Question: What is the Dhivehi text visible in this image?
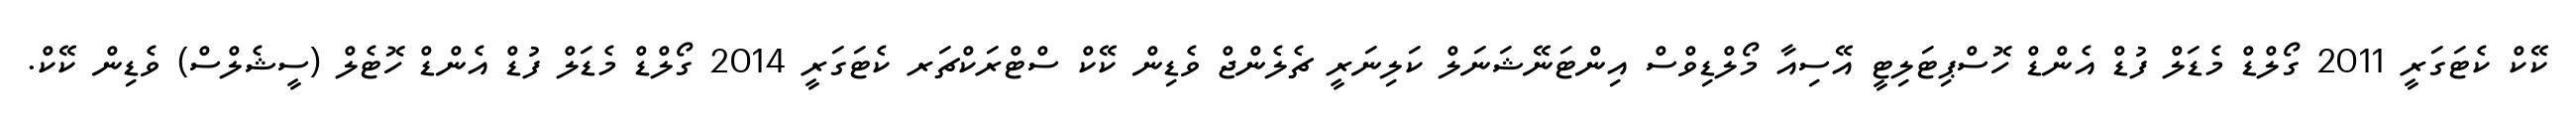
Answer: ކޭކް ކެޓަގަރީ 2011 ގޯލްޑް މެޑަލް ފުޑް އެންޑް ހޮސްޕިޓަލިޓީ އޭސިއާ މޯލްޑިވްސް އިންޓަނޭޝަނަލް ކަލިނަރީ ޗެލެންޖް ވެޑިން ކޭކް ސްޓްރަކްޗަރ ކެޓަގަރީ 2014 ގޯލްޑް މެޑަލް ފުޑް އެންޑް ހޮޓެލް (ސީޝެލްސް) ވެޑިން ކޭކް.